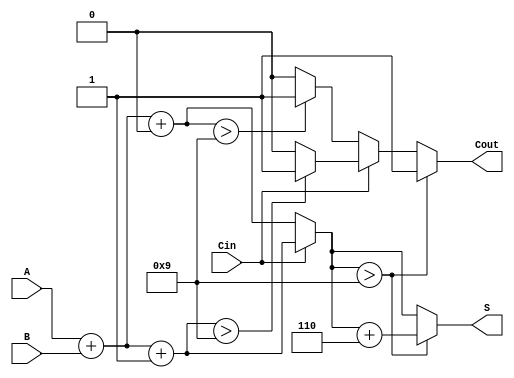
module BCD_MCSA (
    input  wire [3:0] A,      // BCD digit A
    input  wire [3:0] B,      // BCD digit B
    input  wire Cin,          // Carry-in
    output reg  [3:0] S,      // BCD sum
    output reg  Cout          // Carry-out
);

    // Intermediate signals
    wire [4:0] S0;            // Sum for Cin = 0
    wire [4:0] S1;            // Sum for Cin = 1
    wire Cout0;               // Carry-out for Cin = 0
    wire Cout1;               // Carry-out for Cin = 1

    // Initial sum calculations
    assign S0 = A + B + 0;    // S0 = A + B + 0
    assign S1 = A + B + 1;    // S1 = A + B + 1

    // Calculate carry-out for both cases
    assign Cout0 = (S0[3:0] > 9) ? 1'b1 : 1'b0;  // Check if S0 exceeds BCD limit
    assign Cout1 = (S1[3:0] > 9) ? 1'b1 : 1'b0;  // Check if S1 exceeds BCD limit

    // Carry select logic
    always @(*) begin
        if (Cin == 1'b0) begin
            S = S0[3:0];         // Select S0
            Cout = Cout0;       // Select Cout0
        end else begin
            S = S1[3:0];         // Select S1
            Cout = Cout1;       // Select Cout1
        end

        // BCD correction if necessary
        if (S > 9) begin
            S = S + 4'b0110;     // Add 6 to correct to valid BCD
            Cout = 1'b1;         // Set carry-out
        end
    end

endmodule